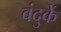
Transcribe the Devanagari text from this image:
बंदुकें